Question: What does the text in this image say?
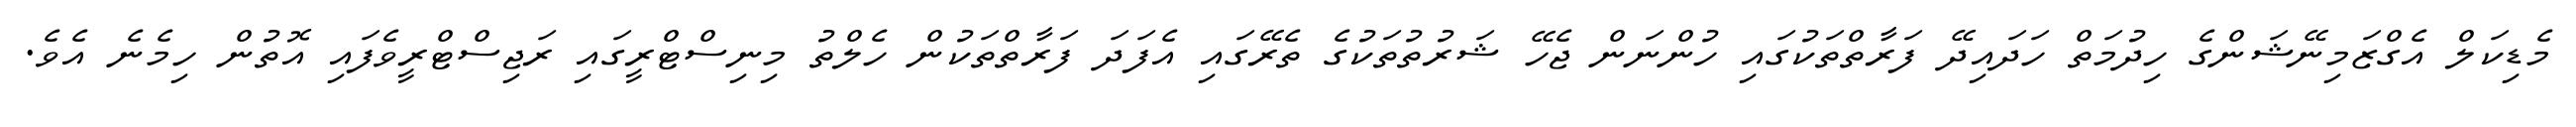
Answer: މެޑިކަލް އެގްޒަމިނޭޝަންގެ ހިދުމަތް ހަދައިދޭ ފަރާތްތަކުގައި ހުންނަން ޖެހޭ ޝަރުތުތަކުގެ ތެރޭގައި އެފަދަ ފަރާތްތަކުން ހެލްތު މިނިސްޓްރީގައި ރަޖިސްޓްރީވެފައި އޮތުން ހިމެނެ އެވެ.